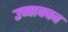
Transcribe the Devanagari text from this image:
उच्चावचव